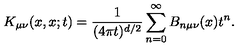
K _ { \mu \nu } ( x , x ; t ) = { \frac { 1 } { ( 4 \pi t ) ^ { d / 2 } } } \sum _ { n = 0 } ^ { \infty } B _ { n \mu \nu } ( x ) t ^ { n } .